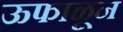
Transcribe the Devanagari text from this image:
ऊफाळून